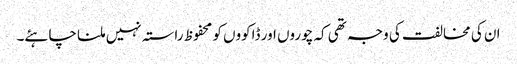
ان کی مخالفت کی وجہ تھی کہ چوروں اور ڈاکووں کو محفوظ راستہ نہیں ملنا چاہئے۔